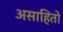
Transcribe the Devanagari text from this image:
असाहितो